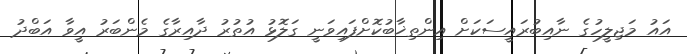
އައު މަޖިލީހުގެ ނާއިބުރައީސަކަށް އިންތިޚާބުކޮށްފައިވަނީ ގަލޮޅު އުތުރު ދާއިރާގެ މެންބަރު އީވާ އަބްދު